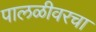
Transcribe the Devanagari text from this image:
पालळीवरचा